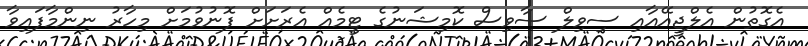
އެގޮތުން އެލްޖީއޭއާއި ސިވިލް ސާވިސް ކޮމިޝަނުގެ ޓީމެއް އެރަށަށް ފޮނުވުމަށް މިހާރު ނިންމާފައިވާ